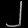
Digit: ၂